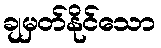
ချမှတ်နိုင်သော